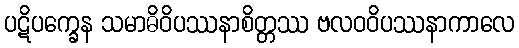
ပဋိပက္ခေန သမာဓိဝိပဿနာစိတ္တဿ ဗလဝဝိပဿနာကာလေ